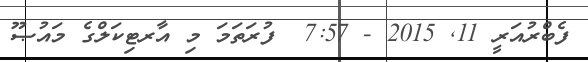
ފެބްރުއަރީ 11